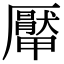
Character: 厴